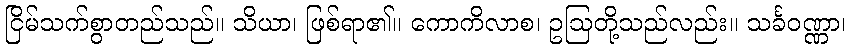
ငြိမ်သက်စွာတည်သည်။ သိယာ၊ ဖြစ်ရာ၏။ ကောကိလာစ၊ ဥဩတို့သည်လည်း။ သင်္ခဝဏ္ဏာ၊